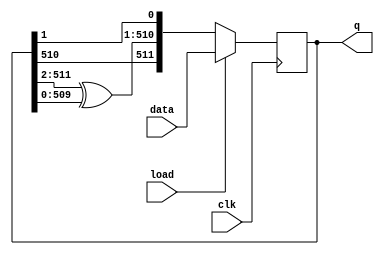
module top_module(
    input clk,
    input load,
    input [511:0] data,
    output [511:0] q ); 
    
    reg [511:0] sreg;
    assign q = sreg;

    always @(posedge clk) begin
        if (load)
            sreg <= data;
        else begin
            // q[-1] and q[512] both 0, q[511] = 0 ^ q[510] = q[510], q[0] = 0 ^ q[1] = q[1]
            // q[510] = q[511] ^ q[511-2=509]
            // q[1] = q[2] ^ q[2-2=0]
            sreg <= {sreg[510], sreg[511:2] ^ sreg[509:0], sreg[1]};
        end
    end

endmodule